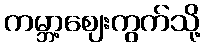
ကမ္ဘာ့ဈေးကွက်သို့